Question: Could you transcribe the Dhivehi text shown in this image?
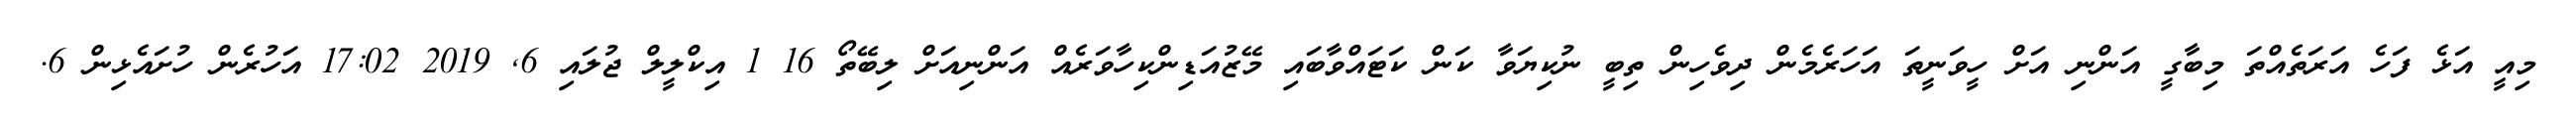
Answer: މިއީ އަޅެ ފަހެ އަރަތެއްތަ މިބާގީ އަންނި އަށް ހީވަނީތަ އަހަރެމެން ދިވެހިން ތިބީ ނުކިޔަވާ ކަން ކަޓައްވާބައި މޭޒުއަޑިންކިހާވަރެއް އަންނިއަށް ލިބޭތޯ 16 1 އިކްލީލް ޖުލައި 6, 2019 17:02 އަހުރެން ހުށައެޅިން 6.